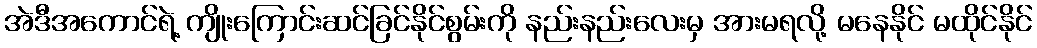
အဲဒီအကောင်ရဲ့ ကျိုးကြောင်းဆင်ခြင်နိုင်စွမ်းကို နည်းနည်းလေးမှ အားမရလို့ မနေနိုင် မထိုင်နိုင်